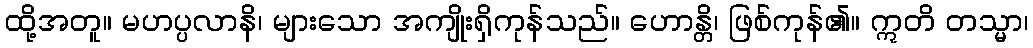
ထို့အတူ။ မဟပ္ပလာနိ၊ များသော အကျိုးရှိကုန်သည်။ ဟောန္တိ၊ ဖြစ်ကုန်၏။ ဣတိ တသ္မာ၊